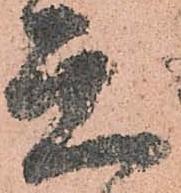
元